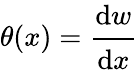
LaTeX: \theta(x)={\cfrac{\mathrm{d}w}{\mathrm{d}x}}